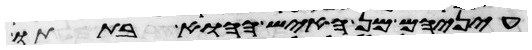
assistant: עיניהם מן האיש ההוא בתתו